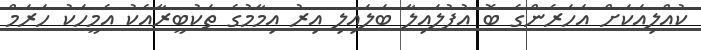
ކުއްލިއަކަށް އަހަރެންގެ ބޮ އުފުލައިލާ ބަލައިލި އިރު އިމާމުގެ ތަކުބީރާއެކު އެމީހަކު ހަރަމް